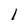
Character: 1